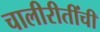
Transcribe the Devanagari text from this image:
चालीरीतींची